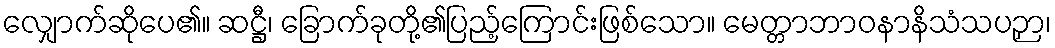
လျှောက်ဆိုပေ၏။ ဆဋ္ဌီ၊ ခြောက်ခုတို့၏ပြည့်ကြောင်းဖြစ်သော။ မေတ္တာဘာဝနာနိသံသပဉှာ၊